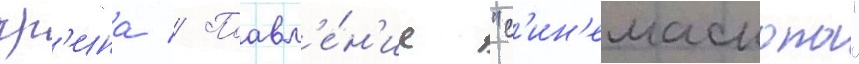
гр'ина // Поавл'е́н'ие "с'ин'емаскопа"